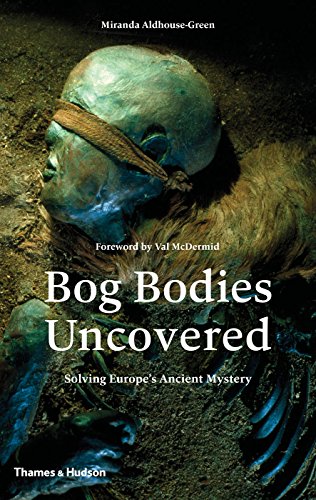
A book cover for Bog Bodies Uncovered: Solving Europe's Ancient Mystery; Miranda Aldhouse-Green; Science & Math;